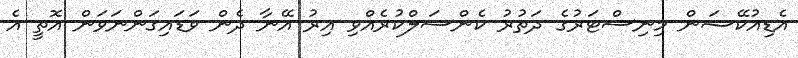
އެޑިއުކޭޝަން މިނިސްޓަރުގެ ދަތުރު ކެންސަލްކުރެއްވި އިރު އޭނާ ދެން ވަޑައިގަންނަވަން އޮތީ އެ